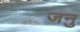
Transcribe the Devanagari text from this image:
जनु